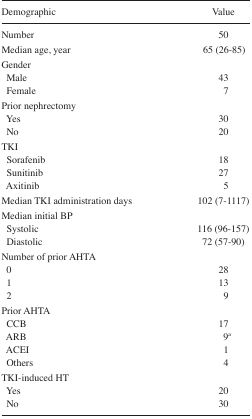
| Demographic | Value |
 | --- | --- |
 | Number | 50 |
 | Median age, year | 65 (26–85) |
 | <COLSPAN=2> Gender |
 | Male | 43 |
 | Female | 7 |
 | <COLSPAN=2> Prior nephrectomy |
 | Yes | 30 |
 | No | 20 |
 | <COLSPAN=2> TKI |
 | Sorafenib | 18 |
 | Sunitinib | 27 |
 | Axitinib | 5 |
 | Median TKI administration days | 102 (7–1117) |
 | <COLSPAN=2> Median initial BP |
 | Systolic | 116 (96–157) |
 | Diastolic | 72 (57–90) |
 | <COLSPAN=2> Number of prior AHTA |
 | 0 | 28 |
 | 1 | 13 |
 | 2 | 9 |
 | <COLSPAN=2> Prior AHTA |
 | CCB | 17 |
 | ARB | 9a |
 | ACEI | 1 |
 | Others | 4 |
 | <COLSPAN=2> TKI-induced HT |
 | Yes | 20 |
 | No | 30 |